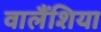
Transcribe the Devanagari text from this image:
वालैंशिया